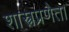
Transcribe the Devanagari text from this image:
शास्त्रप्रणेता